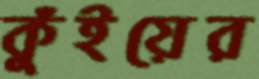
কুঁইয়ের